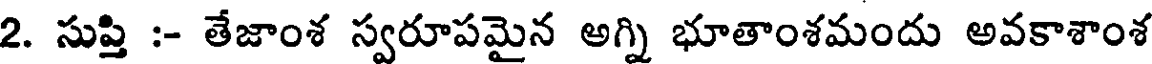
2. సుప్తి :- తేజాంశ స్వరూపమైన అగ్ని భూతాంశమందు అవకాశాంశ